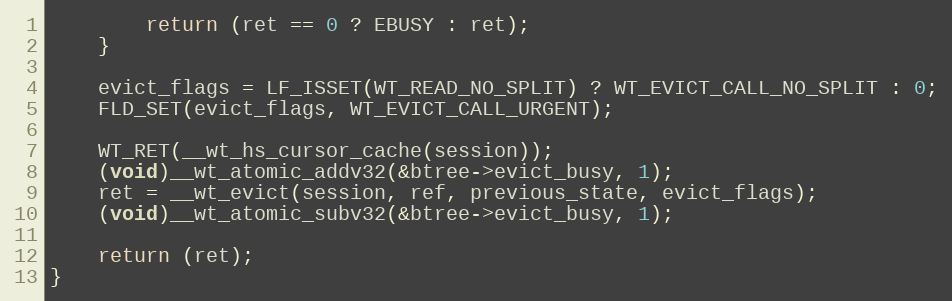
Language: C
        return (ret == 0 ? EBUSY : ret);
    }

    evict_flags = LF_ISSET(WT_READ_NO_SPLIT) ? WT_EVICT_CALL_NO_SPLIT : 0;
    FLD_SET(evict_flags, WT_EVICT_CALL_URGENT);

    WT_RET(__wt_hs_cursor_cache(session));
    (void)__wt_atomic_addv32(&btree->evict_busy, 1);
    ret = __wt_evict(session, ref, previous_state, evict_flags);
    (void)__wt_atomic_subv32(&btree->evict_busy, 1);

    return (ret);
}